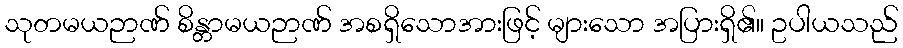
သုတမယဉာဏ် စိန္တာမယဉာဏ် အစရှိသောအားဖြင့် များသော အပြားရှိ၏။ ဥပါယသည်